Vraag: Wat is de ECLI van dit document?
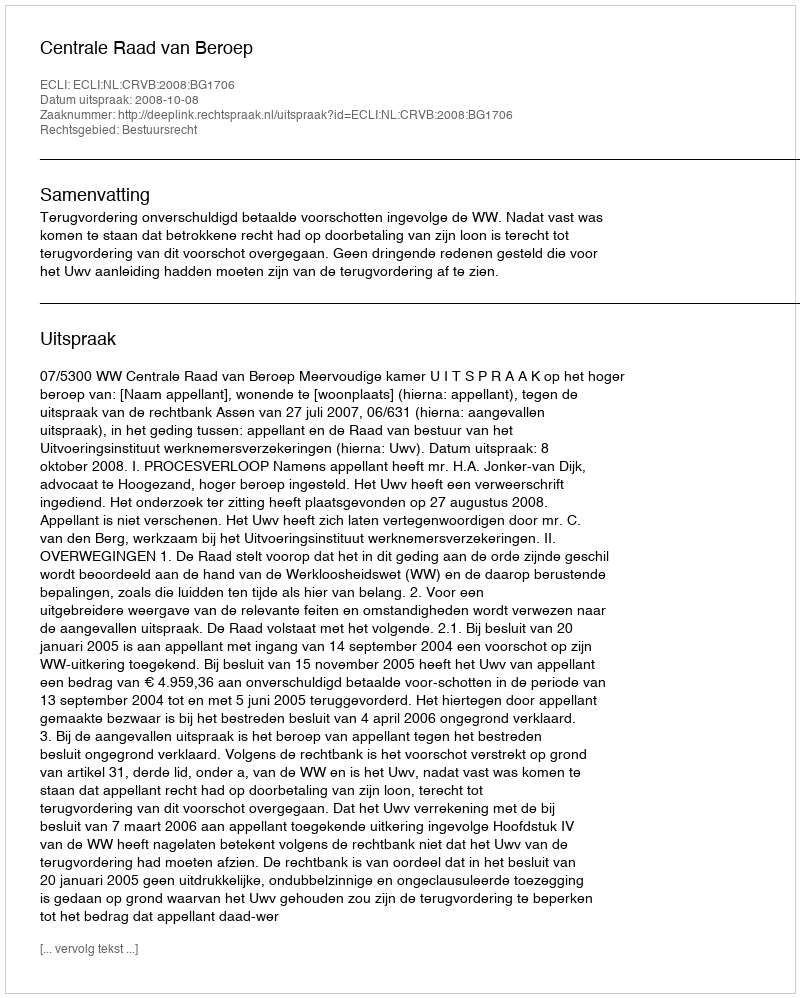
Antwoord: ECLI:NL:CRVB:2008:BG1706